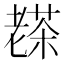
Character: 𦓅